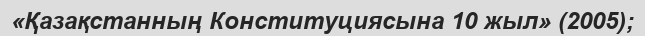
«Қазақстанның Конституциясына 10 жыл» (2005);